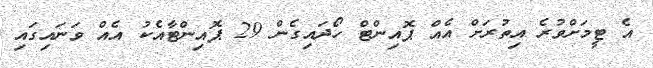
އެ ޓީމަށްވުރެ އިތުރަށް އެއް ޕޮއިންޓް ހޯދައިގެން 29 ޕޮއިންޓާއެކު އެއް ވަނައިގައި